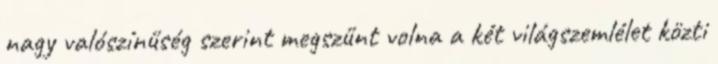
nagy valószínűség szerint megszűnt volna a két világszemlélet közti